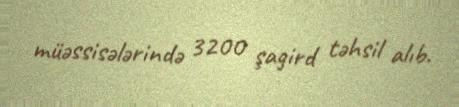
müəssisələrində 3200 şagird təhsil alıb.